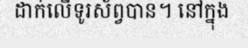
ដាក់លើទូរស័ព្វបាន។ នៅក្នុង